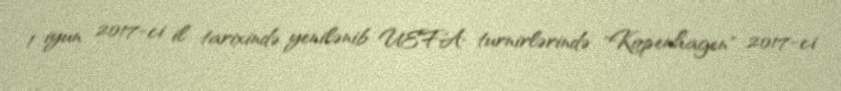
1 iyun 2017-ci il tarixində yenilənib UEFA turnirlərində "Kopenhagen" 2017-ci